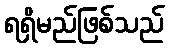
ရရှိမည်ဖြစ်သည်